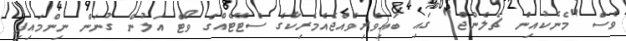
ވެސް "މެނެކުއިން ޗެލެންޖް" ގައި ބައިވެރިވެއްޖެއެމެރިކާގެ ސްޓޭޓެއްގެ ވޯޓް އަލުން ގުނަން ނިންމައިފި